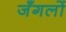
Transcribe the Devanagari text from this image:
जँगलों